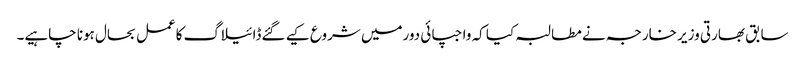
سابق بھارتی وزیر خارجہ نے مطالبہ کیا کہ واجپائی دورمیں شروع کیے گئےڈائیلاگ کاعمل بحال ہونا چاہیے۔